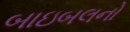
બાઇબલનો